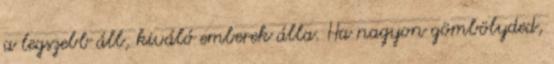
a legszebb áll, kiváló emberek álla. Ha nagyon gömbölyded,